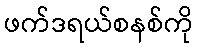
ဖက်ဒရယ်စနစ်ကို